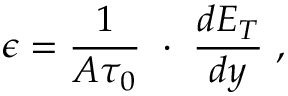
\epsilon = { \frac { 1 } { { \cal A } \tau _ { 0 } } } \ \cdot \ { \frac { d E _ { T } } { d y } } \ ,